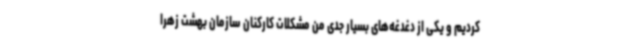
کردیم و یکی از دغدغه‌های بسیار جدی من مشکلات کارکنان سازمان بهشت زهرا